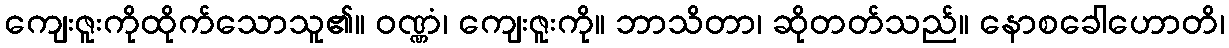
ကျေးဇူးကိုထိုက်သောသူ၏။ ဝဏ္ဏံ၊ ကျေးဇူးကို။ ဘာသိတာ၊ ဆိုတတ်သည်။ နောစခေါဟောတိ၊